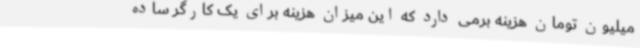
میلیون تومان هزینه برمی دارد که این میزان هزینه برای یک کارگر ساده